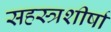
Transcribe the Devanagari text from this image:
सहस्त्रशीर्षा